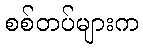
စစ်တပ်များက